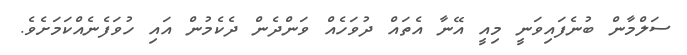
ސަލްމާން ބުނެފައިވަނީ މިއީ އޭނާ އެތައް ދުވަހެއް ވަންދެން ދެކެމުން އައި ހުވަފެނެއްކަމަށެވެ.